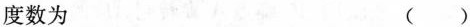
度数为 ( )